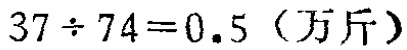
\(37\div74 = 0.5\)（万斤）